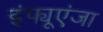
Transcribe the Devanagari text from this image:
इंफ्यूएंजा